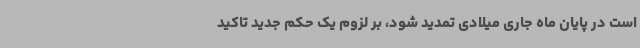
است در پایان ماه جاری میلادی تمدید شود، بر لزوم یک حکم جدید تاکید